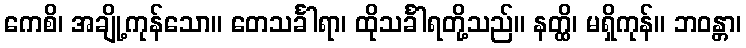
ကေစိ၊ အချို့ကုန်သော။ တေသင်္ခါရာ၊ ထိုသင်္ခါရတို့သည်။ နတ္ထိ၊ မရှိကုန်။ ဘဝန္တာ၊